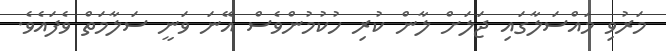
މަރުވި މައްސަލާގައި ޖަލަށް ލާން ކުރި ހުކުމުންވެސް އޭނަ ވަނީ ސަލާމަތް ވެފައެވެ.